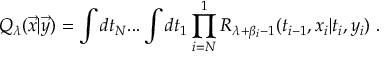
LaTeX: { \cal Q } _ { \lambda } ( { \vec { x } } | { \vec { y } } ) = \int d t _ { N } . . . \int d t _ { 1 } \prod _ { i = N } ^ { 1 } R _ { \lambda + \beta _ { i } - 1 } ( t _ { i - 1 } , x _ { i } | t _ { i } , y _ { i } ) ~ .